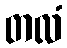
တလံ